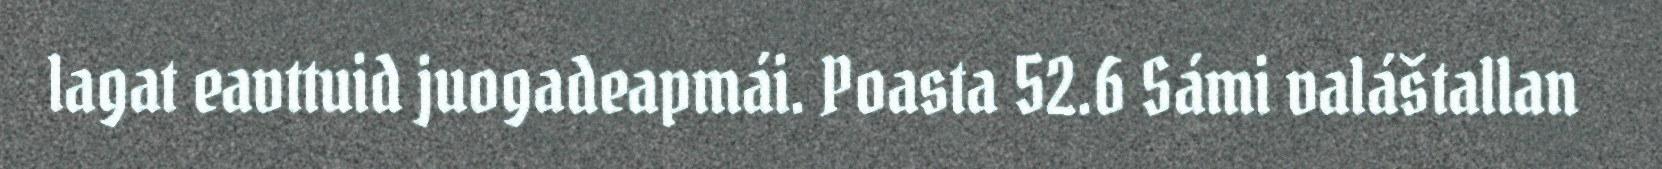
lagat eavttuid juogadeapmái. Poasta 52.6 Sámi valáštallan